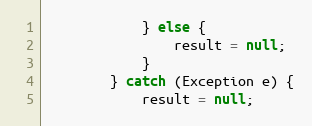
Language: Java
			} else {
				result = null;
			}
		} catch (Exception e) {
			result = null;